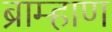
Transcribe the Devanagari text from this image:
ब्राम्हाण